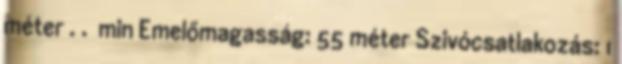
méter . . min Emelőmagasság: 55 méter Szivócsatlakozás: 1